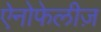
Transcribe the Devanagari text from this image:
ऐनोफेलीज़